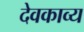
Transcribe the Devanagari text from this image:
देवकाव्य